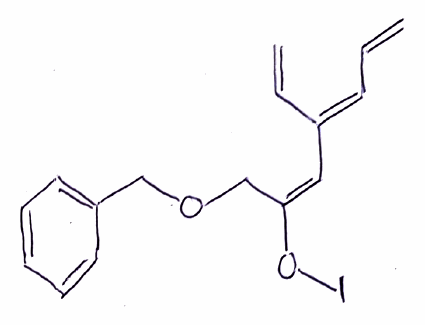
Simplified molecular-input line-entry system (SMILES) notation of the given molecule:
C=C/C=C(\C=C)/C=C(\COCC1=CC=CC=C1)/OI